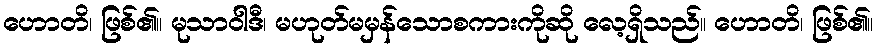
ဟောတိ၊ ဖြစ်၏။ မုသာဝါဒီ၊ မဟုတ်မမှန်သောစကားကိုဆို လေ့ရှိသည်။ ဟောတိ၊ ဖြစ်၏။